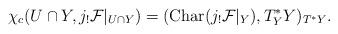
LaTeX: \begin{align*}\chi_c(U\cap Y,j_!{\cal F}|_{U\cap Y})=({\rm Char}(j_!{\cal F}|_Y),T^*_YY)_{T^*Y}.\end{align*}